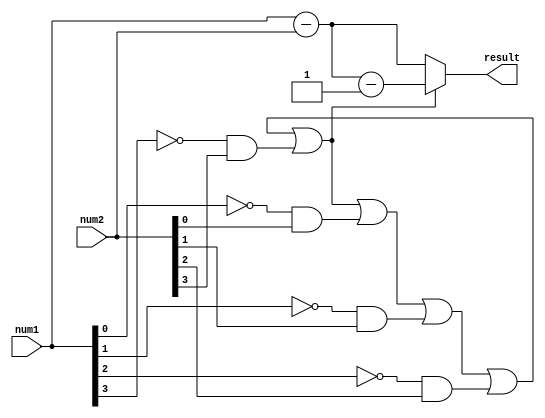
module subtractor(input [3:0] num1, input [3:0] num2, output reg [3:0] result);

reg [3:0] borrowing;
reg [3:0] diff;
reg borrow_in;

assign result = diff;

always @(*) begin
    diff = num1 - num2;
    
    borrowing[0] = borrow_in | ~num1[0] & num2[0];
    borrowing[1] = borrowing[0] | ~num1[1] & num2[1];
    borrowing[2] = borrowing[1] | ~num1[2] & num2[2];
    borrowing[3] = borrowing[2] | ~num1[3] & num2[3];
    
    borrow_in = borrowing[3];
    
    if(borrow_in) begin
        diff = diff - 1;
    end
end

endmodule